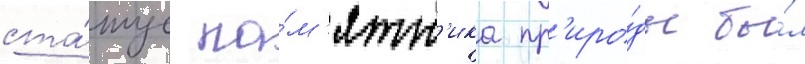
ста́тус па́м'ятн'ика пр'иро́ды бы́л